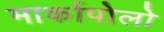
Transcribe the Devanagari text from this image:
मार्कापोलो